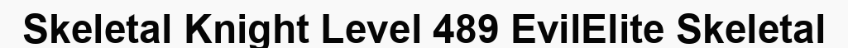
Skeletal Knight Level 489 EvilElite Skeletal